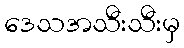
ဒေသအသီးသီးမှ